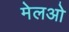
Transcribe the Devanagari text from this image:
मेलओ